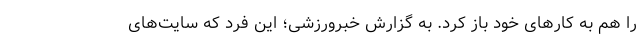
را هم به کارهای خود باز کرد. به گزارش خبرورزشی؛ این فرد که سایت‌های